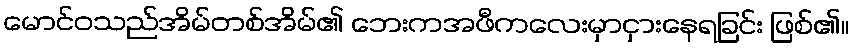
မောင်ဝသည်အိမ်တစ်အိမ်၏ ဘေးကအဖီကလေးမှာငှားနေရခြင်း ဖြစ်၏။